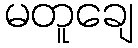
မတူချေ